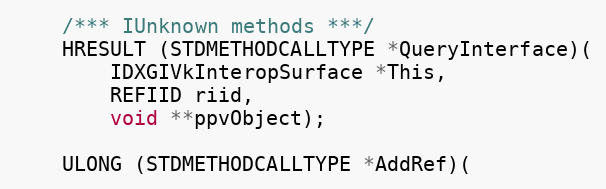
Language: C
    /*** IUnknown methods ***/
    HRESULT (STDMETHODCALLTYPE *QueryInterface)(
        IDXGIVkInteropSurface *This,
        REFIID riid,
        void **ppvObject);

    ULONG (STDMETHODCALLTYPE *AddRef)(